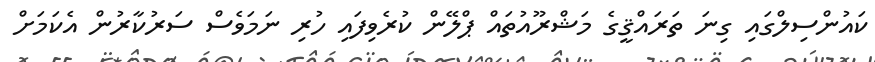
ކައުންސިލްގައި ގިނަ ތަރައްޤީގެ މަޝްރޫއުތައް ޕްލޭން ކުރެވިފައި ހުރި ނަމަވެސް ސަރުކާރުން އެކަމަށް